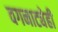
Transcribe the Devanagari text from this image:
वगनाट्येही